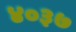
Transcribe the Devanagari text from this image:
४०३७